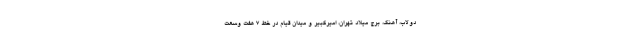
دولاب، آهنگ، برج میلاد تهران، امیرکبیر و میدان قیام در خط ۷ هفت وسعت